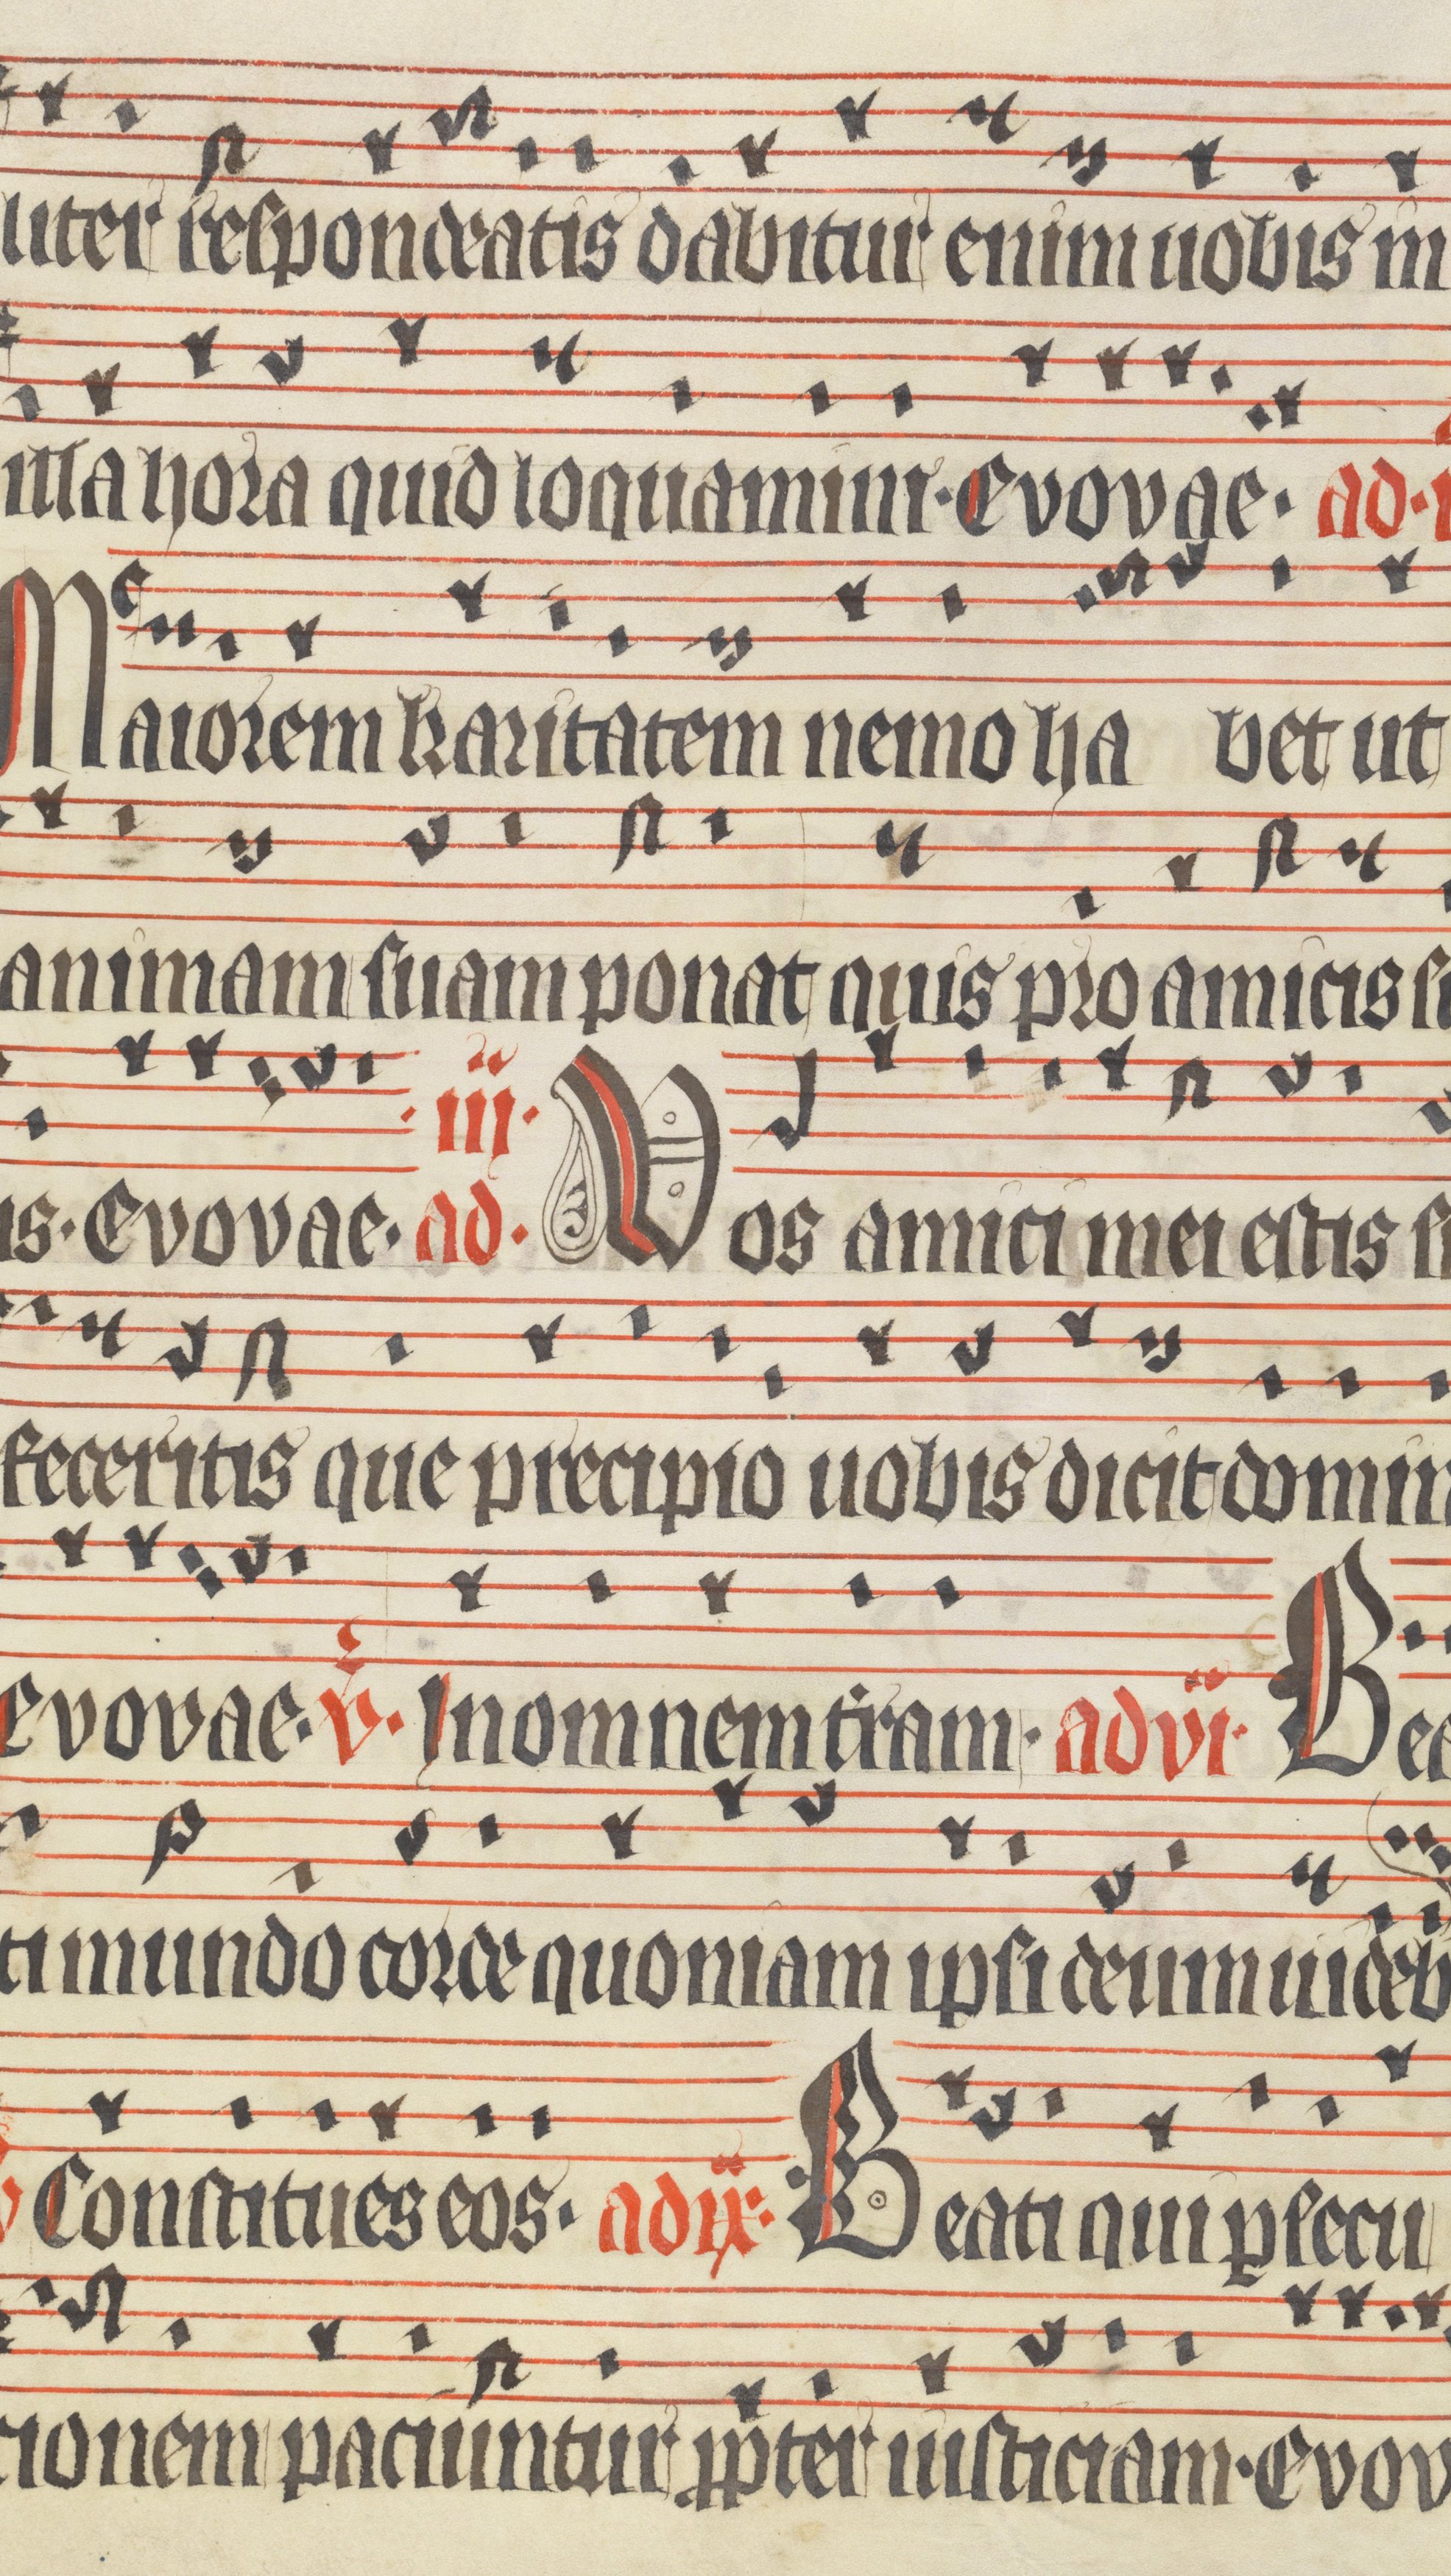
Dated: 1400–1499